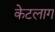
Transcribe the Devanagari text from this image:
केटलाग